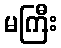
မကြီး